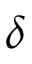
\delta